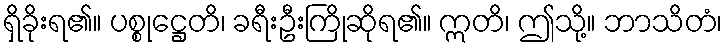
ရှိခိုးရ၏။ ပစ္စုဋ္ဌေတိ၊ ခရီးဦးကြိုဆိုရ၏။ ဣတိ၊ ဤသို့။ ဘာသိတံ၊